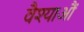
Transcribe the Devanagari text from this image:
वैश्याऔं